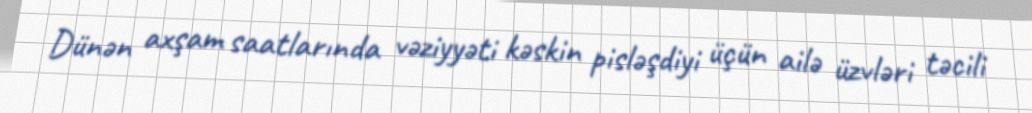
Dünən axşam saatlarında vəziyyəti kəskin pisləşdiyi üçün ailə üzvləri təcili